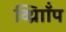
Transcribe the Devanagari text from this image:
व्थ्राॉिंप